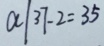
a / 3 7 - 2 = 3 5